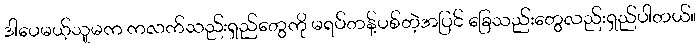
ဒါပေမယ့်သူမက ကလက်သည်းရှည်တွေကို မရပ်တန့်ပစ်တဲ့အပြင် ခြေသည်းတွေလည်းရှည်ပါတယ်။